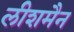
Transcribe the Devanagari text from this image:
लीशमैन